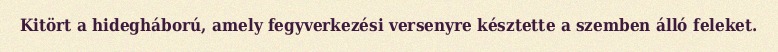
Kitört a hidegháború, amely fegyverkezési versenyre késztette a szemben álló feleket.